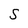
Character: S